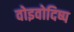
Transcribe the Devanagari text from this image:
वोइवोदिष्प